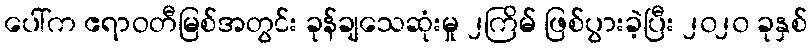
ပေါ်က ဧရာဝတီမြစ်အတွင်း ခုန်ချသေဆုံးမှု ၂ကြိမ် ဖြစ်ပွားခဲ့ပြီး ၂၀၂၀ ခုနှစ်